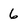
Character: 6